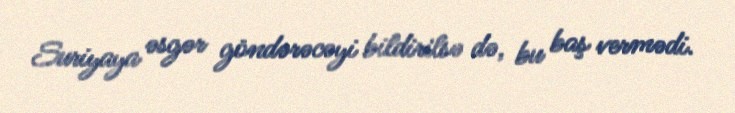
Suriyaya əsgər göndərəcəyi bildirilsə də, bu baş vermədi.